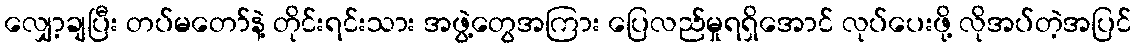
လျှော့ချပြီး တပ်မတော်နဲ့ တိုင်းရင်းသား အဖွဲ့တွေအကြား ပြေလည်မှုရရှိအောင် လုပ်ပေးဖို့ လိုအပ်တဲ့အပြင်